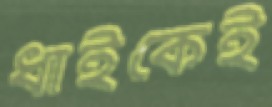
ধাইকেই